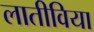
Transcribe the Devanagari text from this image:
लातीविया